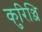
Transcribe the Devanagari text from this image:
कुरिञ्ञि